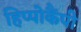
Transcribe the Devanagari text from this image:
हिप्पोकैंपी